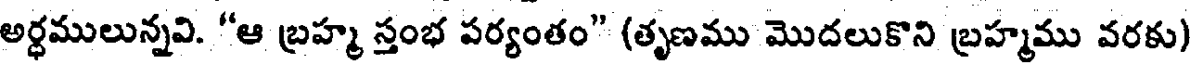
అర్ధములున్నవి. "ఆ బ్రహ్మ స్తంభ పర్యంతం" (తృణము మొదలుకొని బ్రహ్మము వరకు)